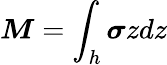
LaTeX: \boldsymbol{{M}}=\int_{h}\boldsymbol{{\sigma}}zdz